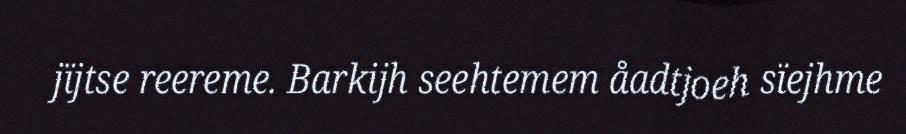
jïjtse reereme. Barkijh seehtemem åadtjoeh sïejhme